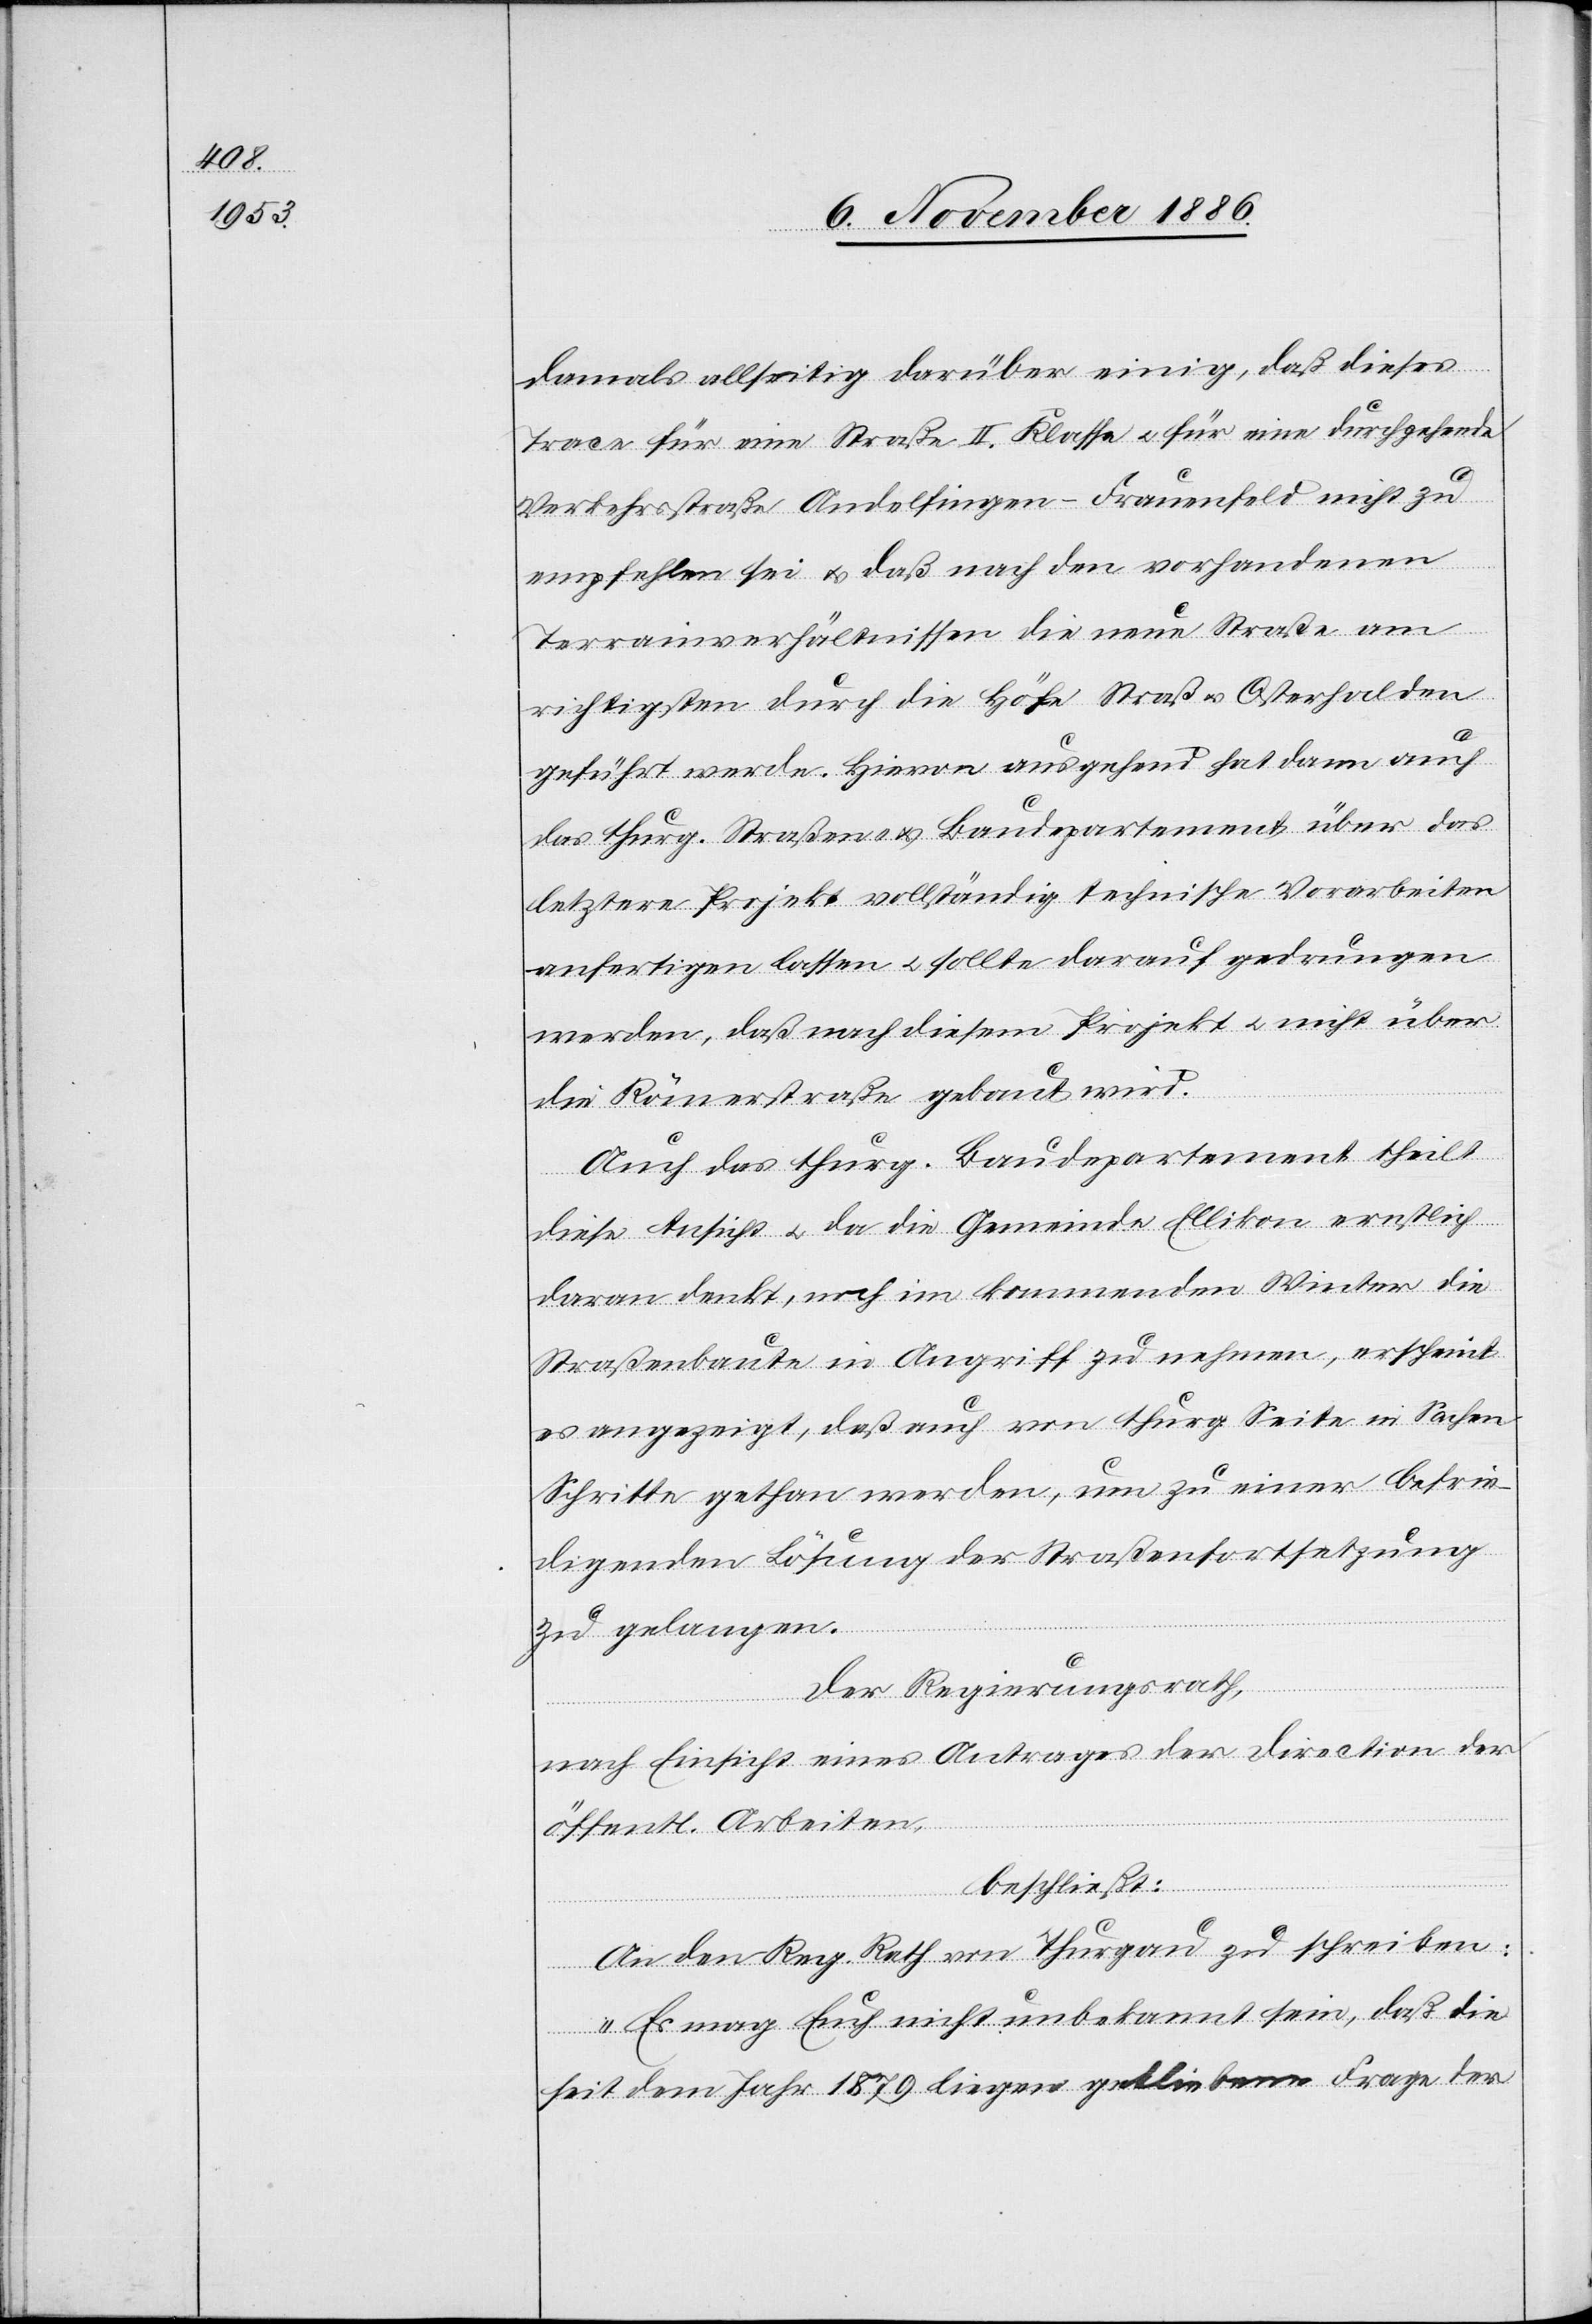
damals allseitig darüber einig, daß dieses
Trace für eine Straße II. Klasse & für eine durchgehende
Verkehrsstraße Andelfingen–Frauenfeld nicht zu
empfehlen sei & daß nach den vorhandenen
Terrainverhältnissen die neue Straße am
richtigsten durch die Höfe Straß & Osterhalden
geführt werde. Hievon ausgehend hat dann auch
das thurg. Straßen- & Baudepartement über das
letztere Projekt vollständig technische Vorarbeiten
anfertigen lassen & sollte darauf gedrungen
werden, daß nach diesem Projekt & nicht über
die Römerstraße gebaut wird.
Auch das thurg. Baudepartement theilt
diese Ansicht & da die Gemeinde Ellikon ernstlich
daran denkt, noch im kommenden Winter die
Straßenbaute in Angriff zu nehmen, erscheint
es angezeigt, daß auch von thurg. Seite in Sachen
Schritte gethan werden, um zu einer befrie¬
digenden Lösung der Straßenfortsetzung
zu gelangen.
Der Regierungsrath,
nach Einsicht eines Antrages der Direction der
öffentl. Arbeiten,
beschließt:
An den Reg. Rath von Thurgau zu schreiben:
„Es mag Euch nicht unbekannt sein, daß die
seit dem Jahr 1879 liegen gebliebene Frage der